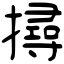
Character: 撏